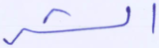
الشر